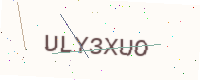
Text: ULY3XUO